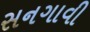
સનગાવી